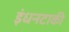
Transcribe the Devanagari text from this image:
इंधनटाकी